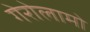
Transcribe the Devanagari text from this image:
गेरोलामो